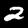
Digit: 2